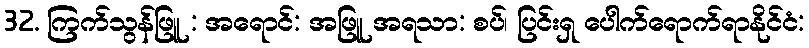
32. ကြက်သွန်ဖြူ : အရောင်: အဖြူ အရသာ: စပ်၊ ပြင်းရှ ပေါက်ရောက်ရာနိုင်ငံ: